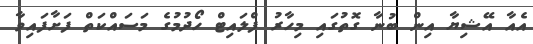
އެއާ އޭޝިޔާ އިން ބުނާ ގޮތުގައި މިހާރު ފްލައިޓް ހޯދުމުގެ މަސައްކަތް ފަށާފައިވާ